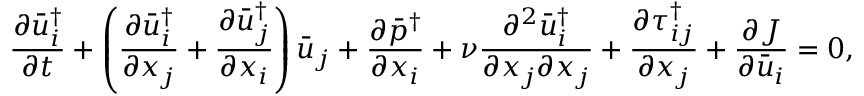
\frac { { \partial \bar { u } _ { i } ^ { \dag } } } { { \partial t } } + \left( { \frac { { \partial \bar { u } _ { i } ^ { \dag } } } { { \partial { x _ { j } } } } + \frac { { \partial \bar { u } _ { j } ^ { \dag } } } { { \partial { x _ { i } } } } } \right) { { \bar { u } } _ { j } } + \frac { { \partial { { \bar { p } } ^ { \dag } } } } { { \partial { x _ { i } } } } + \nu \frac { { { \partial ^ { 2 } } \bar { u } _ { i } ^ { \dag } } } { { \partial { x _ { j } } \partial { x _ { j } } } } + \frac { { \partial \tau _ { i j } ^ { \dag } } } { { \partial { x _ { j } } } } + \frac { { \partial J } } { { \partial { { \bar { u } } _ { i } } } } = 0 ,